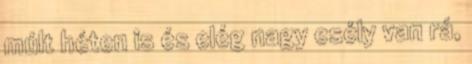
múlt héten is és elég nagy esély van rá,